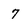
Character: 7